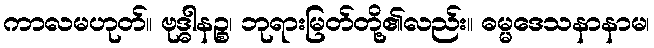
ကာလမဟုတ်။ ဗုဒ္ဓါနဉ္စ၊ ဘုရားမြတ်တို့၏လည်း။ ဓမ္မဒေသနာနာမ၊